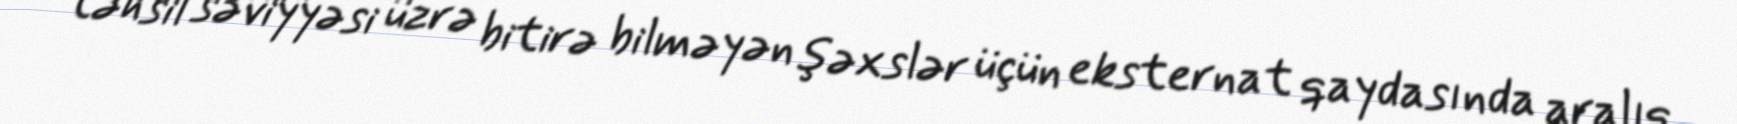
təhsil səviyyəsi üzrə bitirə bilməyən şəxslər üçün eksternat qaydasında aralıq